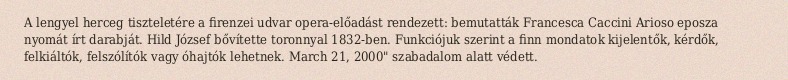
A lengyel herceg tiszteletére a firenzei udvar opera-előadást rendezett: bemutatták Francesca Caccini Arioso eposza nyomát írt darabját. Hild József bővítette toronnyal 1832-ben. Funkciójuk szerint a finn mondatok kijelentők, kérdők, felkiáltók, felszólítók vagy óhajtók lehetnek. March 21, 2000" szabadalom alatt védett.